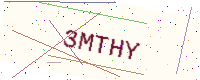
Text: 3MTHY